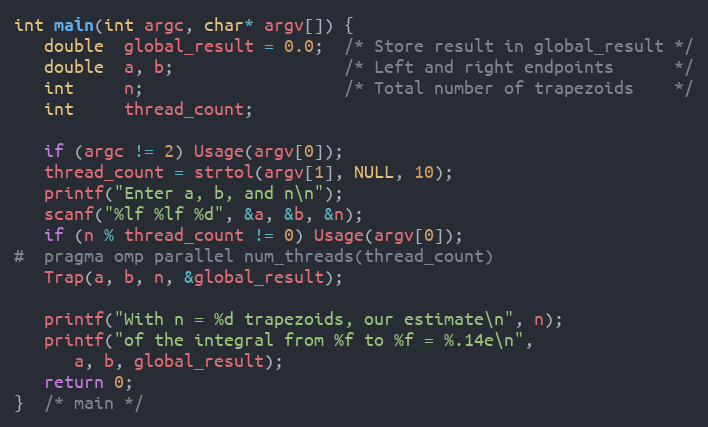
Language: C
int main(int argc, char* argv[]) {
   double  global_result = 0.0;  /* Store result in global_result */
   double  a, b;                 /* Left and right endpoints      */
   int     n;                    /* Total number of trapezoids    */
   int     thread_count;

   if (argc != 2) Usage(argv[0]);
   thread_count = strtol(argv[1], NULL, 10);
   printf("Enter a, b, and n\n");
   scanf("%lf %lf %d", &a, &b, &n);
   if (n % thread_count != 0) Usage(argv[0]);
#  pragma omp parallel num_threads(thread_count)
   Trap(a, b, n, &global_result);

   printf("With n = %d trapezoids, our estimate\n", n);
   printf("of the integral from %f to %f = %.14e\n",
      a, b, global_result);
   return 0;
}  /* main */